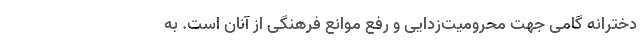
دخترانه گامی جهت محرومیت‌زدایی و رفع موانع فرهنگی از آنان است. به